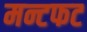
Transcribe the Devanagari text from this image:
मन्टफट